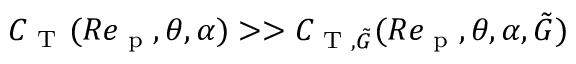
C _ { \mathrm { ~ T ~ } } ( R e _ { \textup { p } } , \theta , \alpha ) > > C _ { \textup { T } , \tilde { G } } ( R e _ { \textup { p } } , \theta , \alpha , \tilde { G } )